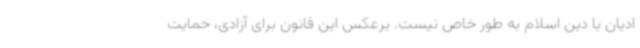
ادیان یا دین اسلام به طور خاص نیست. برعکس این قانون برای آزادی، حمایت